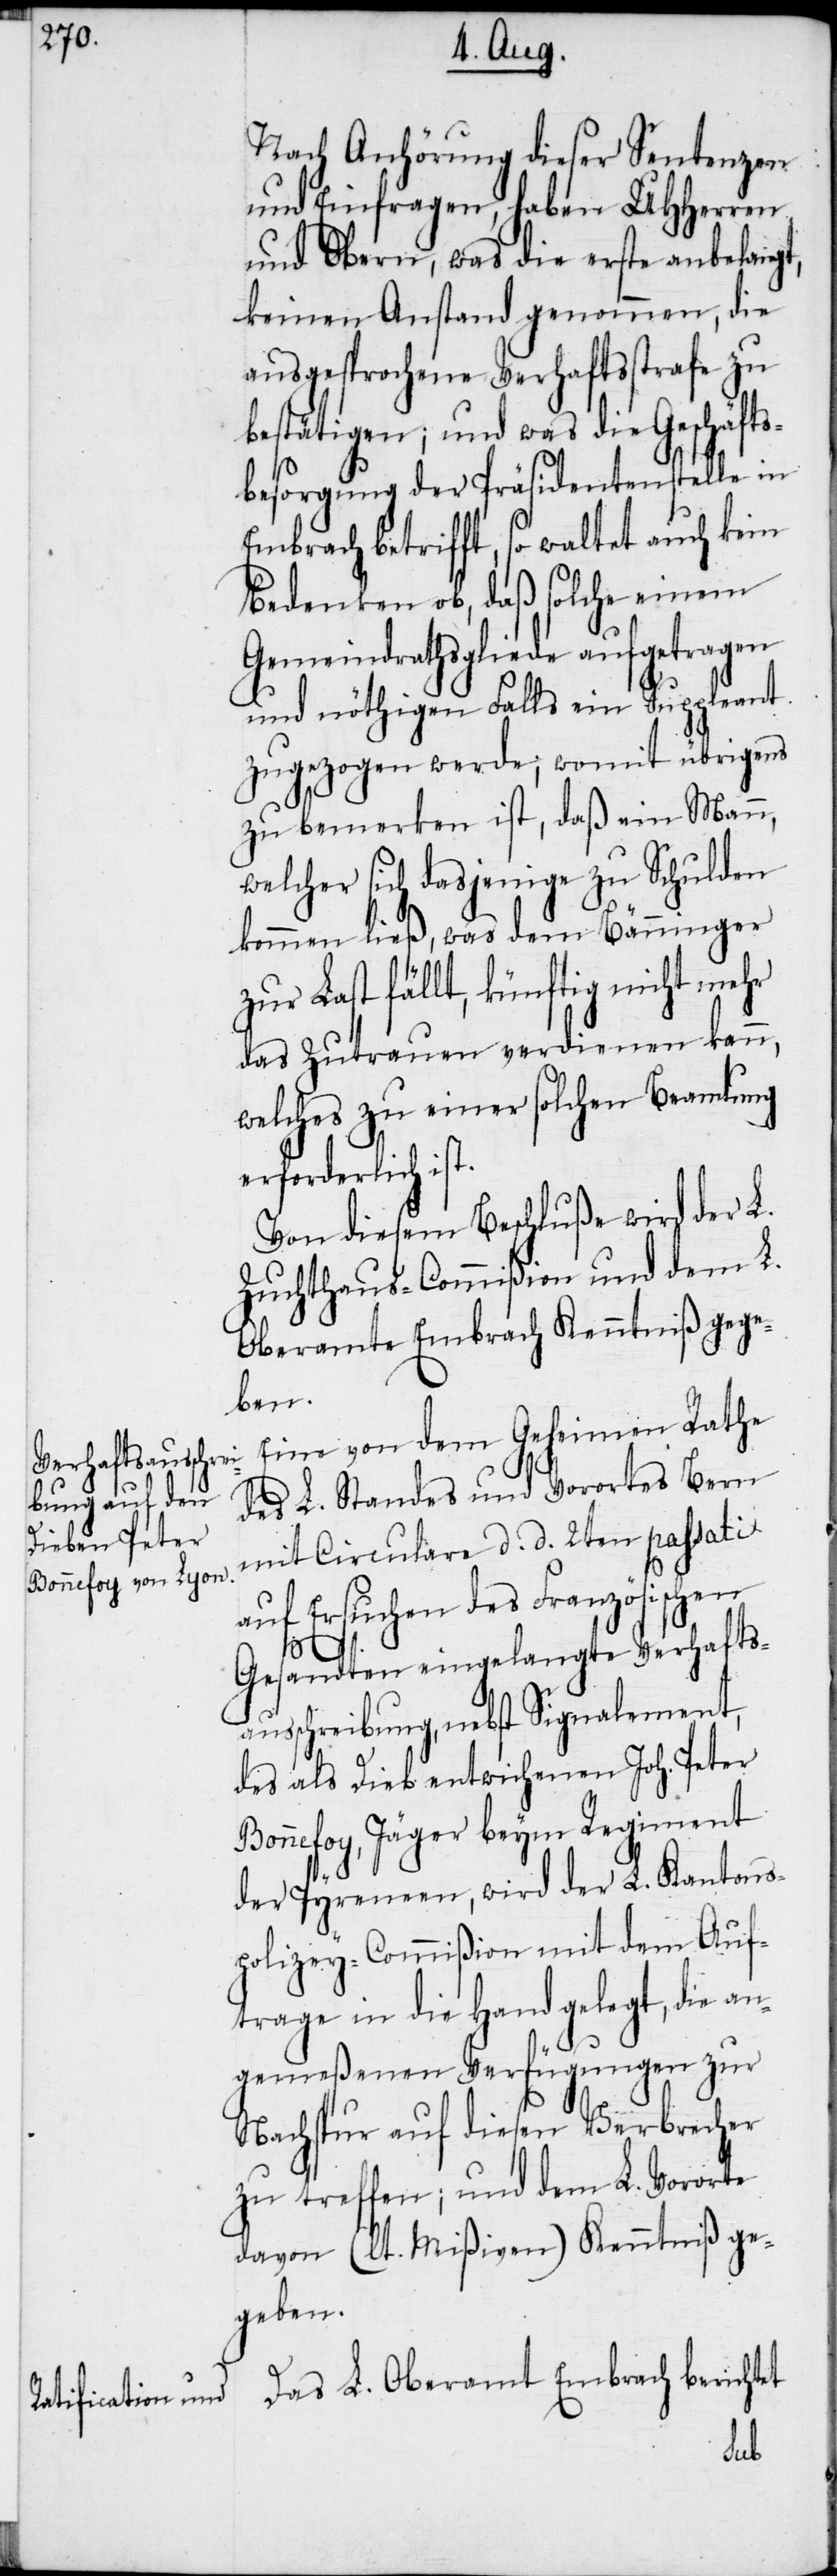
Nach Anhörung dieser Sentenzen
und Einfragen, haben UHHerren
und Obern, was die erste anbelangt,
keinen Anstand genommen, die
ausgesprochene Verhaftsstrafe zu
bestätigen; und was die Geschäfts¬
besorgung der Präsidentenstelle in
Embrach betrifft, so waltet auch kein
Bedenken ob, daß solche einem
Gemeindrathsgliede aufgetragen
und nöthigen Falls ein Suppleant
zugezogen werde; womit übrigens
zu bemerken ist, daß ein Mann,
welcher sich dasjenige zu Schulden
kommen ließ, was dem Bänninger
zur Last fällt, künftig nicht mehr
das Zutrauen verdienen kann,
welches zu einer solchen Beamtung
erforderlich ist.
Von diesem Beschluße wird der L.
Zuchthaus-Commißion und dem L.
Oberamte Embrach Kenntniß gege¬
ben.
Eine von dem Geheimen Rathe
des L. Standes und Vorortes Bern
mit Circulare d. d. 2ten passati
auf Ersuchen des Französischen
Gesandten eingelangte Verhafts¬
ausschreibung, nebst Signalement,
des als Dieb entwichenen Joh. Peter
Bonnefoy, Jäger beym Regiment
der Pyreneen, wird der L. Kantons¬
polizey-Commißion mit dem Auf¬
trage in die Hand gelegt, die an¬
gemeßenen Verfügungen zur
Nachspur auf diesen Verbrecher
zu treffen; und dem L. Vororte
davon (lt. Mißiven) Kenntniß ge¬
geben.
Das L. Oberamt Embrach berichtet